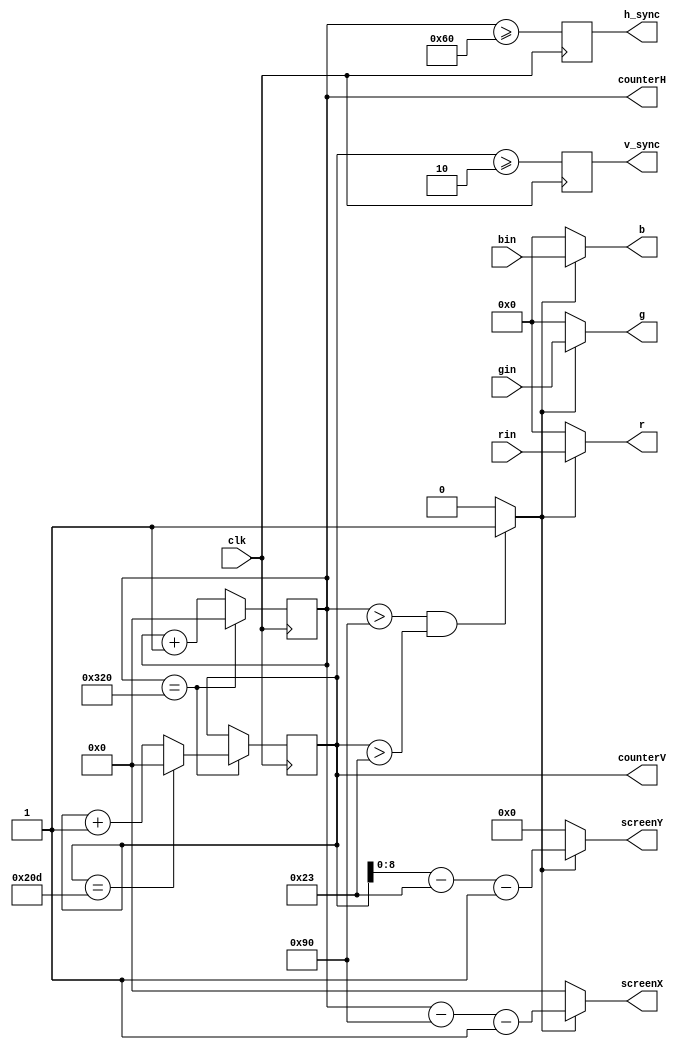
module vga_controller (clk, h_sync, v_sync, r, g, b, screenX, screenY, rin, gin, bin, counterH, counterV);

input clk;//this must be 25MHz
input[7:0] rin, gin, bin;
output h_sync;
output v_sync;
output[7:0] r;
output[7:0] g;
output[7:0] b;
output[9:0] screenX;
output[8:0] screenY;

wire clk;
wire[7:0] rin, gin, bin;
wire[9:0] screenX;
wire[8:0] screenY;
wire in_screen_zone;

output reg[9:0] counterH;
output reg[9:0] counterV;
wire[7:0] r;
wire[7:0] g;
wire[7:0] b;
reg h_sync;
reg v_sync;

/*horizontal timing parameters: (in pixel clocks)
 *
 * Sync: 96
 * Back Porch: 48
 * display interval: 640
 * front porch: 16
 *
 * parameters are the *last* clock cycle of each section
 */

localparam[9:0] hs = 96;
localparam[9:0] hbp = 144;
localparam[9:0] hd = 784;
localparam[9:0] hfp = 800;

/*vertical timing paraneters: (in lines)
 *
 * Sync: 2
 * Back Porch: 33
 * display interval: 480
 * front porch: 10
 *
 * parameters are the *last* line of each section
 */

localparam[9:0] vs = 2;
localparam[9:0] vbp = 35;
localparam[9:0] vd = 515;
localparam[9:0] vfp = 525;

//assigns:

assign screenX = in_screen_zone ? counterH-hbp-1 : 0;
assign screenY = in_screen_zone ? counterV-vbp-1 : 0;

assign r = in_screen_zone ? rin : 8'b0;
assign g = in_screen_zone ? gin : 8'b0;
assign b = in_screen_zone ? bin : 8'b0;

assign in_screen_zone = (counterH>hbp && counterV>vbp) ? 1'b1 : 1'b0;

//generate counter values:
always @(posedge clk)
begin
	if(counterH==hfp)
	begin
		counterH<=0;
		if(counterV==vfp)
		begin
			counterV<=0;
		end
		else begin
			counterV<=counterV+1;
		end
	end
	else begin
		counterH<=counterH+1;
	end
end

//generate sync signals:
always @(posedge clk)
begin
	h_sync <= (counterH>=hs);
	v_sync <= (counterV>=vs);
end

//generate pixel bars for testing:
/*
always @(posedge clk)
begin
	if(counterH>hbp && counterH<hbp+213)
	begin
		r<=4'b1111;
	end
	else begin
		r<=0;
	end

	if(counterH>=hbp+213 && counterH<hbp+213+213)
	begin
		g<=4'b1111;
	end
	else begin
		g<=0;
	end

	if(counterH>=hbp+213+213 && counterH<hd)
	begin
		b<=4'b1111;
	end
	else begin
		b<=0;
	end
end
*/

endmodule